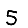
Digit: 5